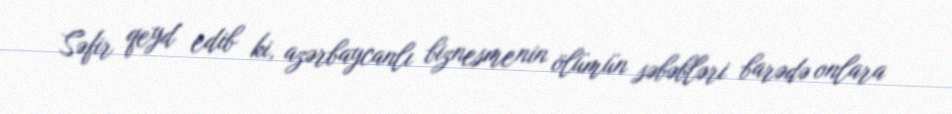
Səfir qeyd edib ki, azərbaycanlı biznesmenin ölümün səbəbləri barədə onlara